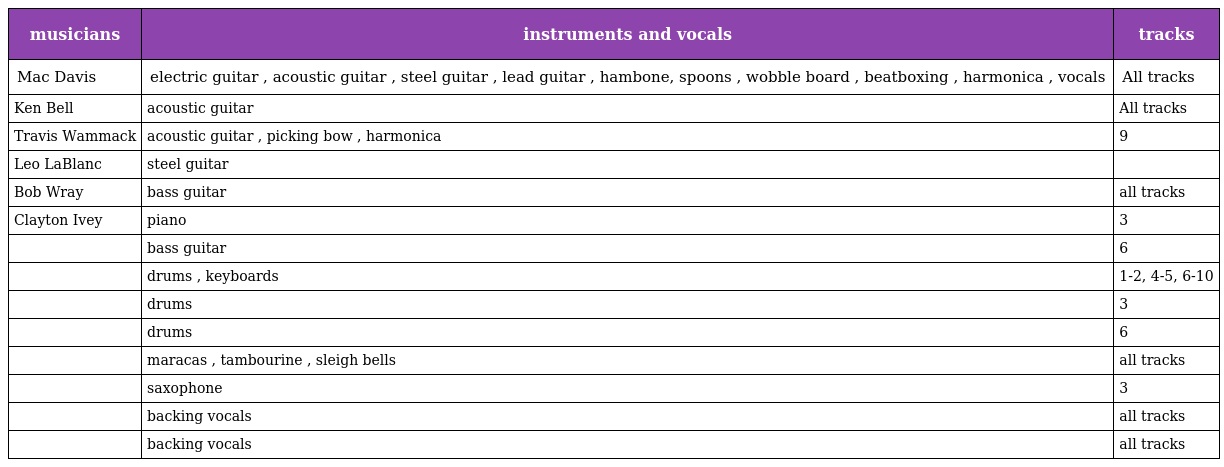
| musicians | instruments and vocals | tracks |
 | --- | --- | --- |
 | Mac Davis | electric guitar , acoustic guitar , steel guitar , lead guitar , hambone, spoons , wobble board , beatboxing , harmonica , vocals | All tracks |
 | Ken Bell | acoustic guitar | All tracks |
 | Travis Wammack | acoustic guitar , picking bow , harmonica | 9 |
 | Leo LaBlanc | steel guitar |  |
 | Bob Wray | bass guitar | all tracks |
 | Clayton Ivey | piano | 3 |
 |  | bass guitar | 6 |
 |  | drums , keyboards | 1-2, 4-5, 6-10 |
 |  | drums | 3 |
 |  | drums | 6 |
 |  | maracas , tambourine , sleigh bells | all tracks |
 |  | saxophone | 3 |
 |  | backing vocals | all tracks |
 |  | backing vocals | all tracks |